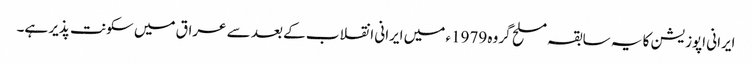
ایرانی اپوزیشن کا یہ سابقہ مسلح گروہ 1979ء میں ایرانی انقلاب کے بعد سے عراق میں سکونت پذیر ہے۔